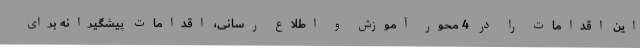
این اقدامات را در 4 محور آموزش و اطلاع رسانی، اقدامات پیشگیرانه برای